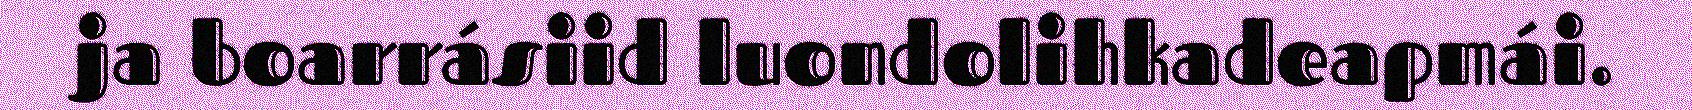
ja boarrásiid luondolihkadeapmái.